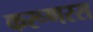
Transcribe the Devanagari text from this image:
करूणरस